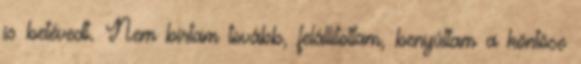
is betévedt. Nem bírtam tovább, felállítottam, benyúltam a köntöse